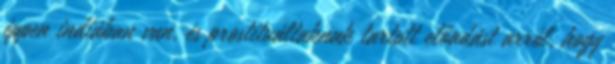
éppen indiában van, és prostituáltaknak tartott előadást arról, hogy